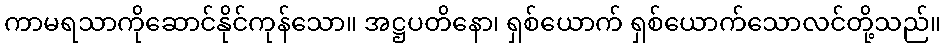
ကာမရသာကိုဆောင်နိုင်ကုန်သော။ အဋ္ဌပတိနော၊ ရှစ်ယောက် ရှစ်ယောက်သောလင်တို့သည်။